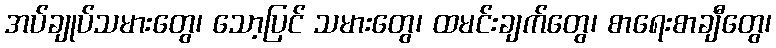
အပ်ချုပ်သမားတွေ၊ သော့ပြင် သမားတွေ၊ ထမင်းချက်တွေ၊ စာရေးစာချီတွေ၊